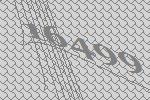
16499